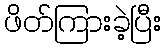
ဖိတ်ကြားခဲ့ပြီး